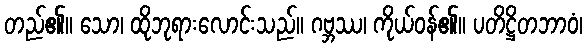
တည်၏။ သော၊ ထိုဘုရားလောင်းသည်။ ဂဗ္ဘဿ၊ ကိုယ်ဝန်၏။ ပတိဋ္ဌိတဘာဝံ၊